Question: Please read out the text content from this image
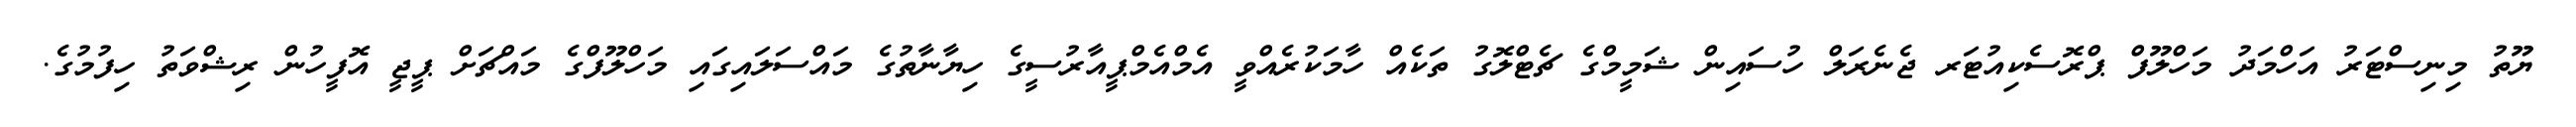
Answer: ޔޫތު މިނިސްޓަރު އަހްމަދު މަހްލޫފް ޕްރޮސެކިއުޓަރ ޖެނެރަލް ހުސައިން ޝަމީމްގެ ޗެޓްލޮގު ތަކެއް ހާމަކުރެއްވީ އެމްއެމްޕީއާރުސީގެ ހިޔާނާތުގެ މައްސަލައިގައި މަހްލޫފްގެ މައްޗަށް ޕީޖީ އޮފީހުން ރިޝްވަތު ހިފުމުގެ.